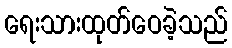
ရေးသားထုတ်ဝေခဲ့သည်